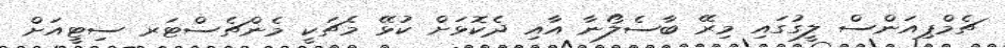
ޗެމްޕިއަންސް ލީގުގައި މިރޭ ބާސެލޯނާ އާއި ދެކޮޅަށް ކުޅޭ މެޗަކީ މެންޗެސްޓަރ ސިޓީއަށް